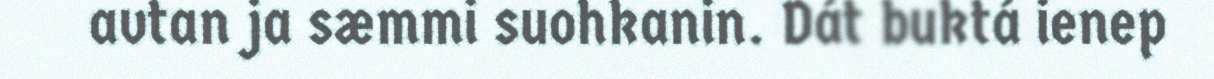
avtan ja sæmmi suohkanin. Dát buktá ienep